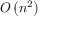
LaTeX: O \left( n ^ { 2 } \right)